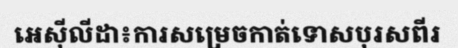
អេស៊ីលីដា៖ការសម្រេចកាត់ទោសបុរសពីរ